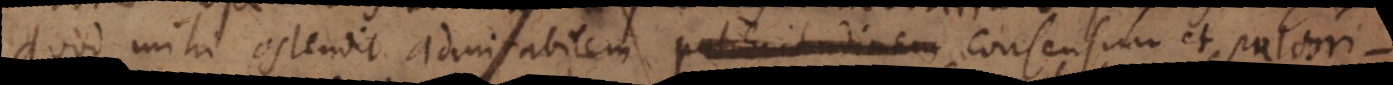
quod mihi ostendit admirabilem pulchritudinem consensum et pulchri